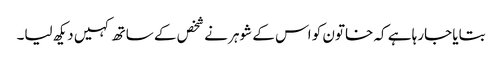
بتایا جارہا ہے کہ خاتون کو اس کے شوہر نے شخص کے ساتھ کہیں دیکھ لیا۔